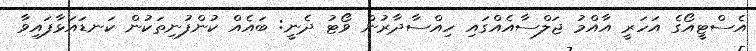
އެސްޓީއޯގެ އަހަރީ އާއްމު ޖަލްސާއެއްގައި ހިއްސާދާރުން ވޯޓު ދެނީ: ބައެއް ކުންފުނިތަކުން ކަނޑައަޅާފައިވާ